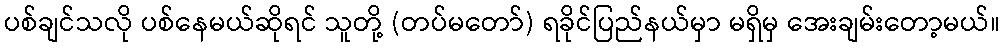
ပစ်ချင်သလို ပစ်နေမယ်ဆိုရင် သူတို့ (တပ်မတော်) ရခိုင်ပြည်နယ်မှာ မရှိမှ အေးချမ်းတော့မယ်။